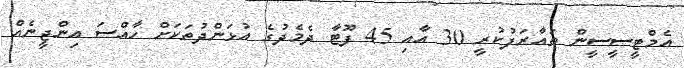
އެމްޓީސީސީން ތައާރަފުކުރީ 30 އާއި 45 ފޫޓާ ދެމެދުގެ އުޅަންދުތަކަށް ހާއްސަ އިންޖީނެއް